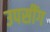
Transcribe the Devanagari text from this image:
उपसींग